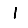
Digit: 1